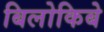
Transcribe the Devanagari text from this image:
बिलोकिबे